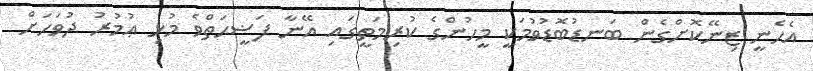
އެހެނީ ޒިނޭކޮށްގެން ބަނޑުބޮޑުވުމަކީ މީހުންގެ ކުރިމަތީގައި އޭނާ ފަޟީޙަތްވެ މުޅި ޢުމުރު ދުވަހަށް